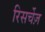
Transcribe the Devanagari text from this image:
रिसर्चेज़